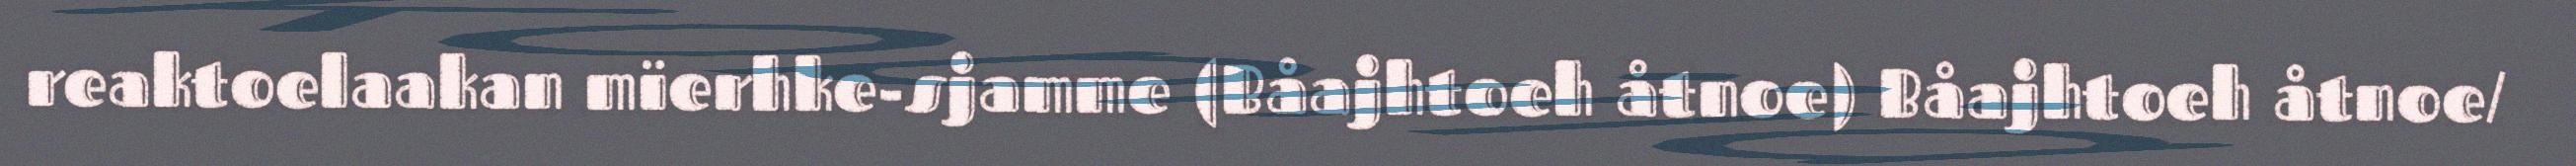
reaktoelaakan mïerhke-sjamme (Båajhtoeh åtnoe) Båajhtoeh åtnoe/